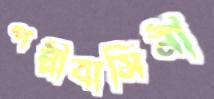
পল্লীবাসিনী